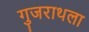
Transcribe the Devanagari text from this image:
गुजराथला